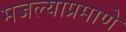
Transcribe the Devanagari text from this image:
मजल्याप्रमाणे